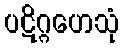
ပဋိဂ္ဂဟေသုံ